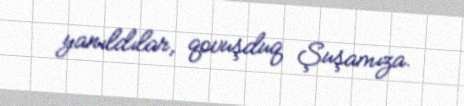
yanıldılar, qovuşduq Şuşamıza.